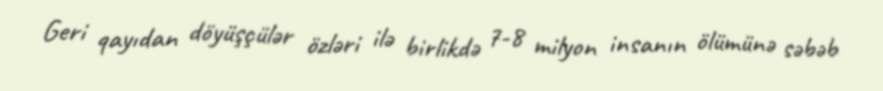
Geri qayıdan döyüşçülər özləri ilə birlikdə 7-8 milyon insanın ölümünə səbəb